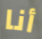
أنا